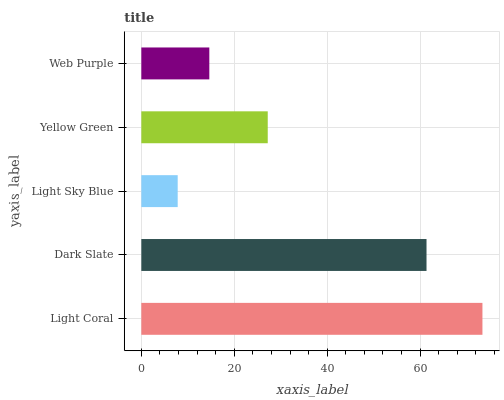
| yaxis_label | bars |
 | --- | --- |
 | Light Coral | 73.4 |
 | Dark Slate | 61.4 |
 | Light Sky Blue | 7.83 |
 | Yellow Green | 27.2 |
 | Web Purple | 14.6 |